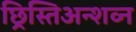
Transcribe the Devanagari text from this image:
छ्रिस्तिअन्शव्न